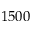
1 5 0 0